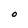
Character: O